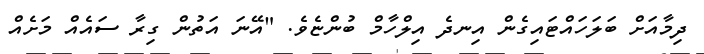
ދިމާއަށް ބަލަހައްޓައިގެން އިނދެ އިލްހާމް ބުންޏެވެ. "އޭނަ އަތުން ގިރާ ސައެއް މަށެއް